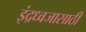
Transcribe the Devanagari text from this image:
इंद्रध्वजासाठी